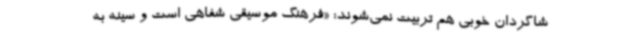
شاگردان خوبی هم تربیت نمی‌شوند: «فرهنگ موسیقی شفاهی است و سینه به